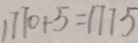
1 7 7 0 + 5 = 1 7 7 5